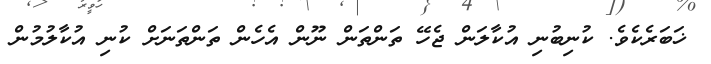
ޚަބަރެކެވެ. ކުނިބުނި އުކާލަން ޖެހޭ ތަންތަން ނޫން އެހެން ތަންތަނަށް ކުނި އުކާލުމުން